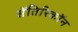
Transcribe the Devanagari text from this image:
सॅतिरिकॉन